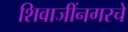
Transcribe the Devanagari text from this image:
शिवाजींनगरचे